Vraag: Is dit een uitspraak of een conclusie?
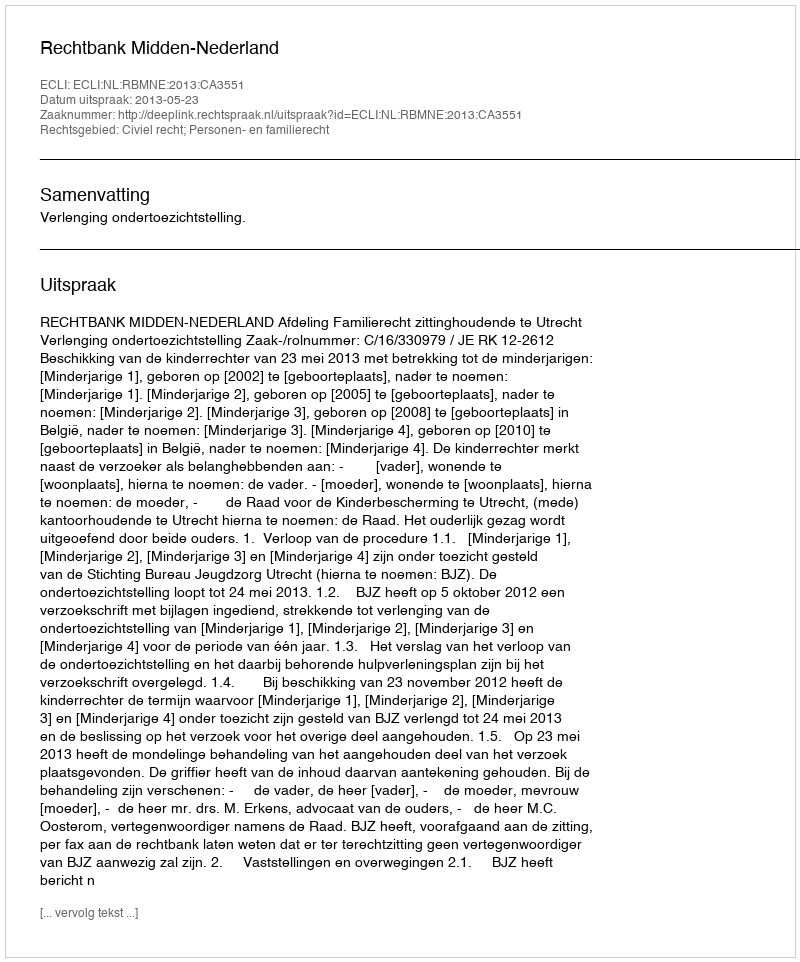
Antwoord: Uitspraak